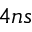
4 n s